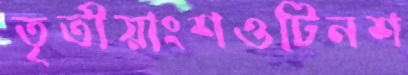
তৃতীয়াংশওটিনশ